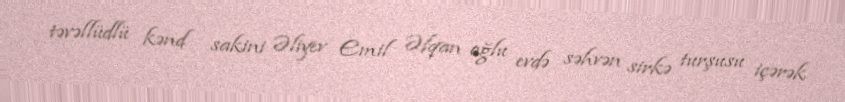
təvəllüdlü kənd sakini Əliyev Emil Əfqan oğlu evdə səhvən sirkə turşusu içərək